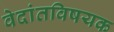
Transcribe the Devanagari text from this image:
वेदांतविषयक